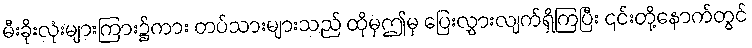
မီးခိုးလုံးများကြား၌ကား တပ်သားများသည် ထိုမှဤမှ ပြေးလွှားလျက်ရှိကြပြီး ၎င်းတို့နောက်တွင်